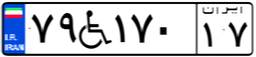
۶۹W۰۲۷۶۹